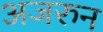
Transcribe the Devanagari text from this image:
अजरुन